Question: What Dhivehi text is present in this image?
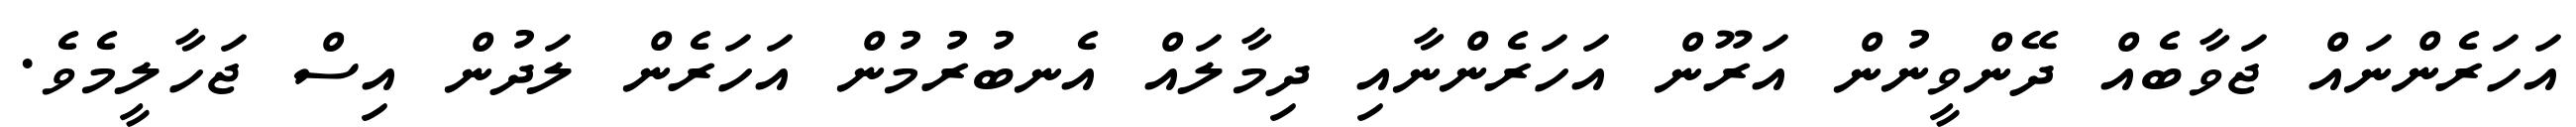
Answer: އަހަރެންނައް ޖަވާބެއް ދޭންވީނުން އަރޫން އަހަރެންނާއި ދިމާލައް އެނބުރުމުން އަހަރެން ލަދުން އިސް ޖަހާލީމެވެ.